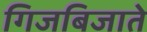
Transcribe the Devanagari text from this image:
गिजबिजाते